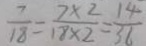
\frac { 7 } { 1 8 } = \frac { 7 \times 2 } { 1 8 \times 2 } = \frac { 1 4 } { 3 6 }